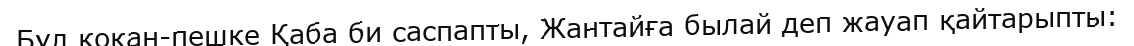
Бұл коқан-пешке Қаба би саспапты, Жантайға былай деп жауап қайтарыпты: